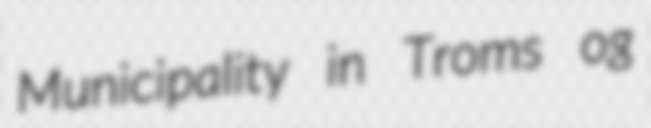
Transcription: Municipality in Troms og